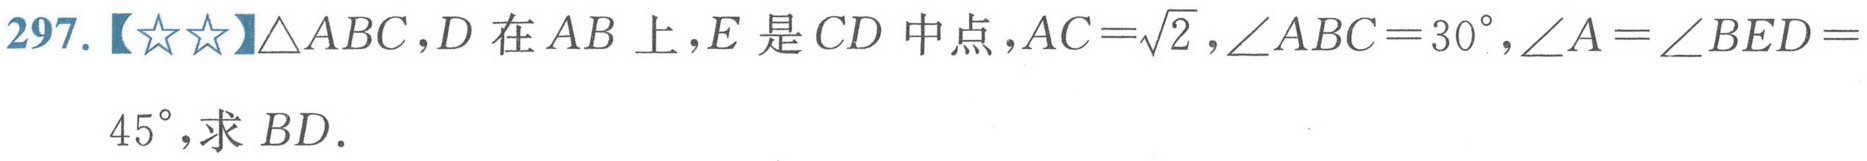
297.【★★】$\triangle ABC$，$D$在$AB$上，$E$是$CD$中点，$AC = \sqrt{2}$，$\angle ABC = 30^{\circ}$，$\angle A=\angle BED = 45^{\circ}$，求$BD$.